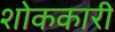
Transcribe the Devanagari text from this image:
शोककारी